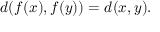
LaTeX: d ( f ( x ) , f ( y ) ) = d ( x , y ) .